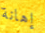
إهانة